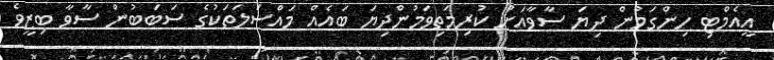
އީއެމްޓި ހިންގަމުން ދިޔަ ސާވާއަށް ކުރިމަތިވަމުންދިޔަ ބައެއް މައްސަލަތަކުގެ ސަބަބުން ސާވާ ބިޒީވެ